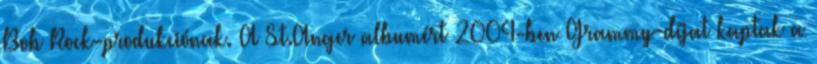
Bob Rock-produkciónak. A St.Anger albumért 2004-ben Grammy-díjat kaptak a